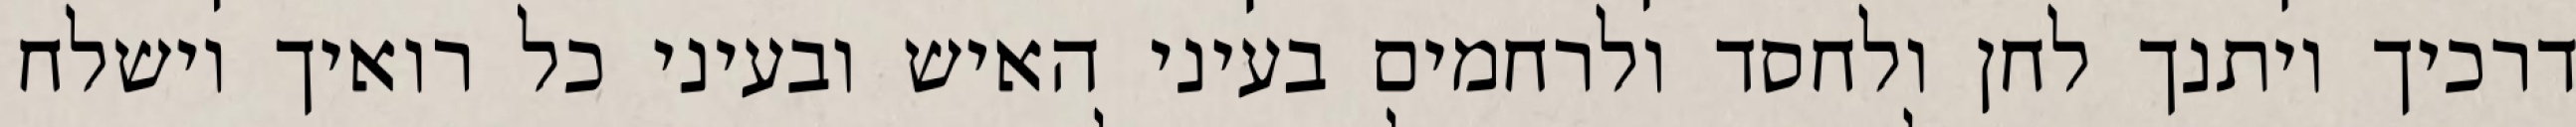
דרכיך ויתנך לחן ולחסד ולרחמים בעיני האיש ובעיני כל רואיך וישלח